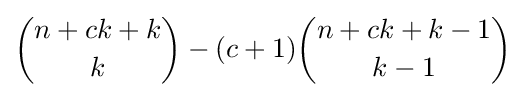
{\binom {n+ck+k}{k}}-(c+1){\binom {n+ck+k-1}{k-1}}